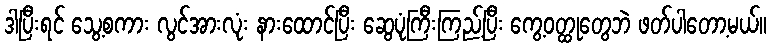
ဒါပြီးရင် သွေ့စကား လွင်အားလုံး နားထောင်ပြီး ဆွေပုံကြီးကြည့်ပြီး ကွေ့ဝတ္ထုတွေဘဲ ဖတ်ပါတော့မယ်။